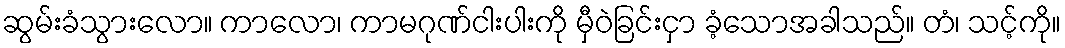
ဆွမ်းခံသွားလော။ ကာလော၊ ကာမဂုဏ်ငါးပါးကို မှီဝဲခြင်းငှာ ခံ့သောအခါသည်။ တံ၊ သင့်ကို။